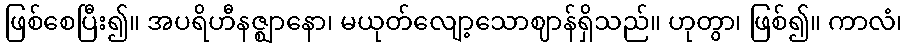
ဖြစ်စေပြီး၍။ အပရိဟီနဇ္ဈာနော၊ မယုတ်လျော့သောဈာန်ရှိသည်။ ဟုတွာ၊ ဖြစ်၍။ ကာလံ၊